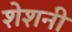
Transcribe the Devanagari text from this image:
शेशनी